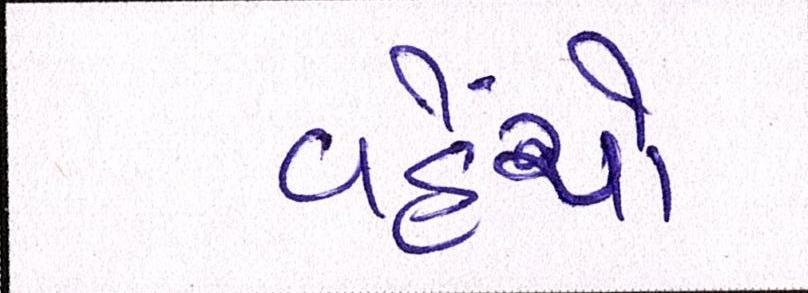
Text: વહેંચો